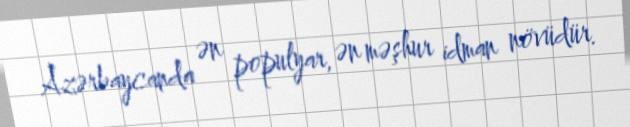
Azərbaycanda ən populyar, ən məşhur idman növüdür.